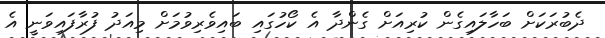
ދެބުރަކަށް ބަހާލައިގެން ކުރިއަށް ގެންދާ އެ ކޯހުގައި ބައިވެރިވުމަށް މިއަދު ފުރާފައިވަނީ އެ